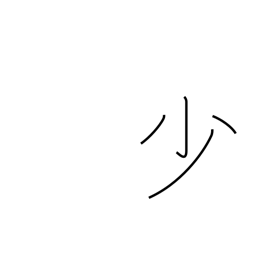
Meaning: few